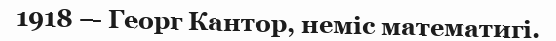
1918 — Георг Кантор, неміс математигі.